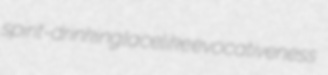
spirit-drinking lacelike evocativeness